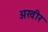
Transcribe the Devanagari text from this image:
अखीर